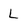
Character: L